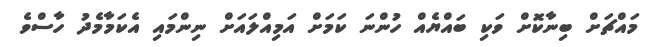
މައްޗަށް ބިނާކޮށް ވަކި ބައްޔެއް ހުންނަ ކަމަށް އަމިއްލައަށް ނިންމައި އެކަމާމެދު ހާސްވެ